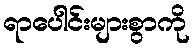
ရာပေါင်းများစွာကို